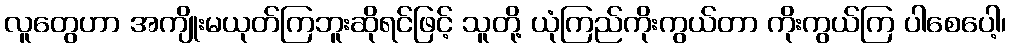
လူတွေဟာ အကျိုးမယုတ်ကြဘူးဆိုရင်ဖြင့် သူတို့ ယုံကြည်ကိုးကွယ်တာ ကိုးကွယ်ကြ ပါစေပေါ့၊